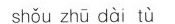
shǒu zhū dài tù